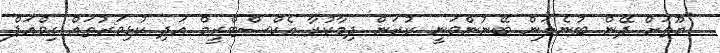
"ޔޫތަށް ދޭން ބުނެލަން ބޭނުންވަނީ ކުރަން ދިމާކުރާ އެކްސްޓްރީމް އަދި ކުޅިވަރުތައް ގިވްއަޕް